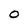
Character: O